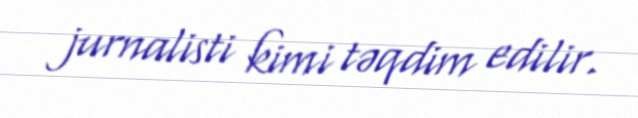
jurnalisti kimi təqdim edilir.